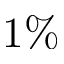
1 \%